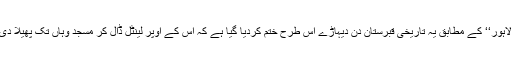
’’مٹتا ہوا لاہور‘‘ کے مطابق یہ تاریخی قبرستان دن دیہاڑے اس طرح ختم کردیا گیا ہے کہ اس کے اوپر لینٹل ڈال کر مسجد وہاں تک پھیلا دی گئی ہے۔